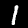
Digit: 1